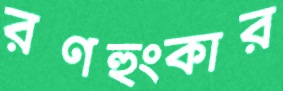
রণহুংকার